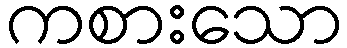
ကစားသော